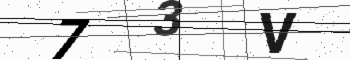
Text: 73V